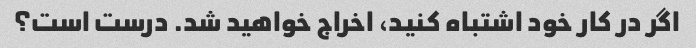
اگر در کار خود اشتباه کنید، اخراج خواهید شد. درست است؟